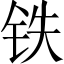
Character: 铁